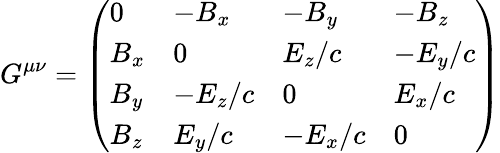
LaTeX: G^{\mu\nu}={\left(\begin{array}{llll}{0}&{-B_{x}}&{-B_{y}}&{-B_{z}}\\ {B_{x}}&{0}&{E_{z}/c}&{-E_{y}/c}\\ {B_{y}}&{-E_{z}/c}&{0}&{E_{x}/c}\\ {B_{z}}&{E_{y}/c}&{-E_{x}/c}&{0}\end{array}\right)}